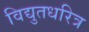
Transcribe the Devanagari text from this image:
विद्युतधरित्र